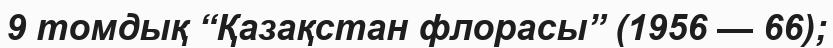
9 томдық “Қазақстан флорасы” (1956 — 66);